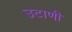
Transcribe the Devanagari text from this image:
उटाणी